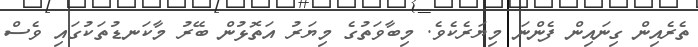
ތެރެއިން ގިނައިން ފެންނަ މިޔަރެކެވެ. މިބާވަތުގެ މިޔަރު އަތޮޅުން ބޭރު މާކަނޑުތަކުގައި ވެސް